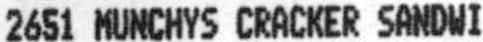
2651 MUNCHYS CRACKER SANDWI